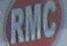
rmc